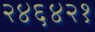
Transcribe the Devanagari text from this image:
२४६४२१